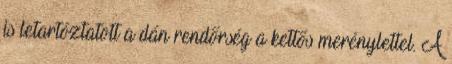
is letartóztatott a dán rendőrség a kettős merénylettel. A